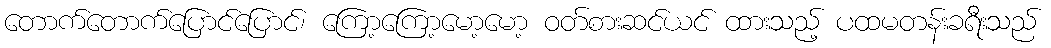
တောက်တောက်ပြောင်ပြောင်၊ ကြော့ကြော့မော့မော့ ဝတ်စားဆင်ယင် ထားသည့် ပထမတန်းခရီးသည်